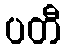
ပတီ